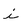
Character: i